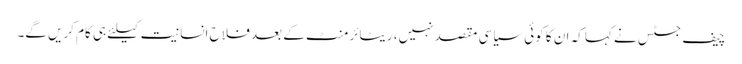
چیف جسٹس نے کہا کہ ان کا کوئی سیاسی مقصد نہیں، ریٹائرمنٹ کے بعد فلاحِ انسانیت کیلئے ہی کام کریں گے۔